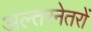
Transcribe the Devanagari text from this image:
अल्तरनेतरों